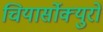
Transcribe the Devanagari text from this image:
चियार्सोक्युरो